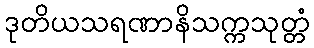
ဒုတိယသရဏာနိသက္ကသုတ္တံ